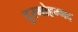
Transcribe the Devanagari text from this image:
दुरमोहम्मद